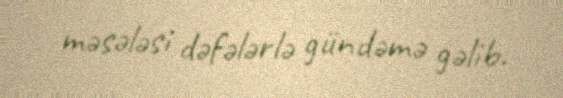
məsələsi dəfələrlə gündəmə gəlib.